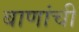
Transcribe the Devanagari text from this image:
बाणांची